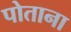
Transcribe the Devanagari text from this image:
पोताना